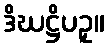
ဒိဃဋ္ဌိပဥှ။